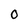
Character: 0